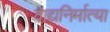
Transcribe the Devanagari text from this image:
वाद्यनिर्मात्या